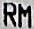
RM